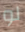
لو